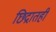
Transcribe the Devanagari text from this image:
छिद्रातही